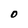
Character: O